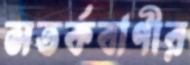
সতর্কবাণীর